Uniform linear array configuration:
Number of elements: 24
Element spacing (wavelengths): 1
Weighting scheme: uniform
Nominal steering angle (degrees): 0
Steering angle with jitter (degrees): -1.579
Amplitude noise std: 0.05
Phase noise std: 0.05

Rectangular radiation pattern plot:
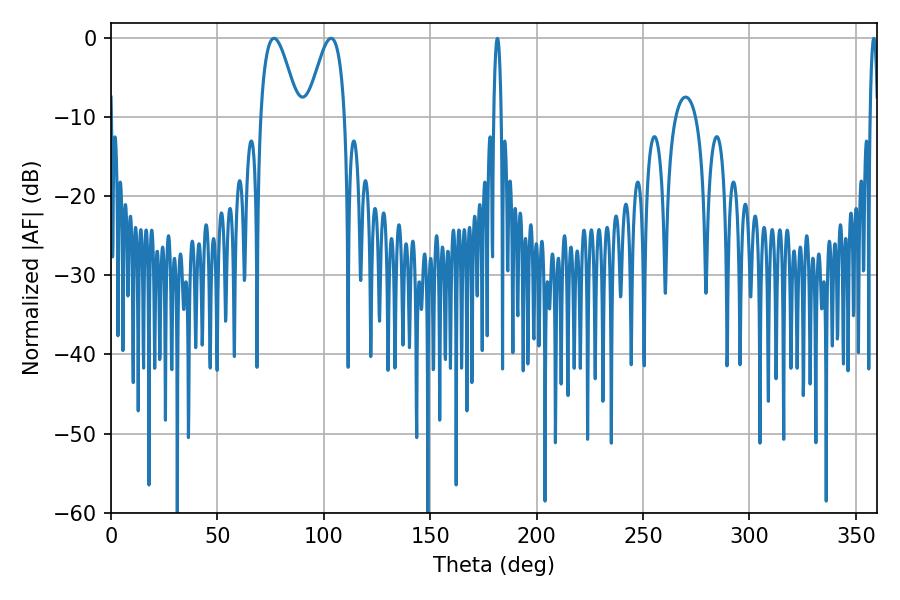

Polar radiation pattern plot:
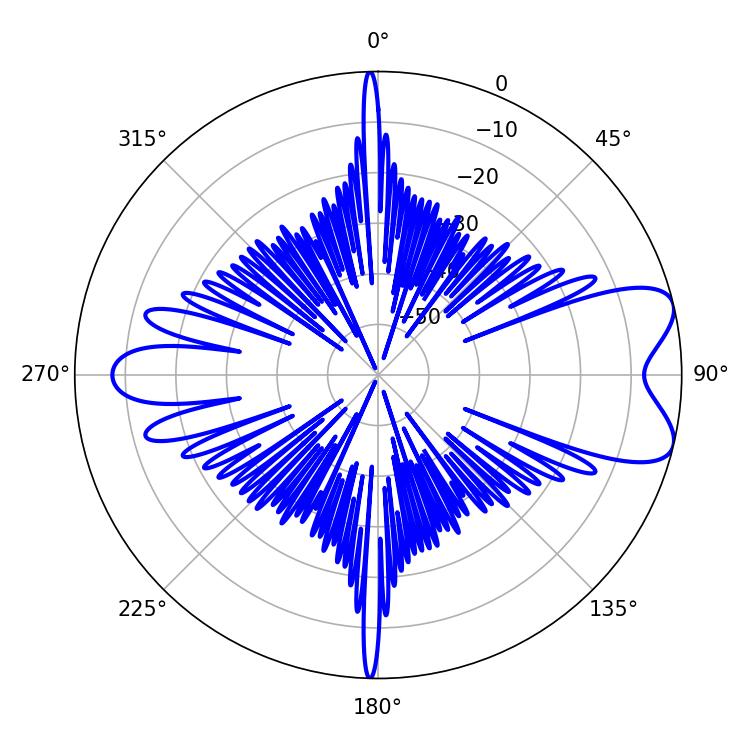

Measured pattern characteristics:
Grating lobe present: TRUE
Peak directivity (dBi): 7.893
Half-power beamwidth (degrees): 9.54
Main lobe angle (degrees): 103.5